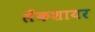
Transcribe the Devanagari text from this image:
लैंकशायर